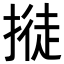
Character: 𢲛